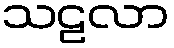
သဠလာ